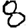
Digit: 8